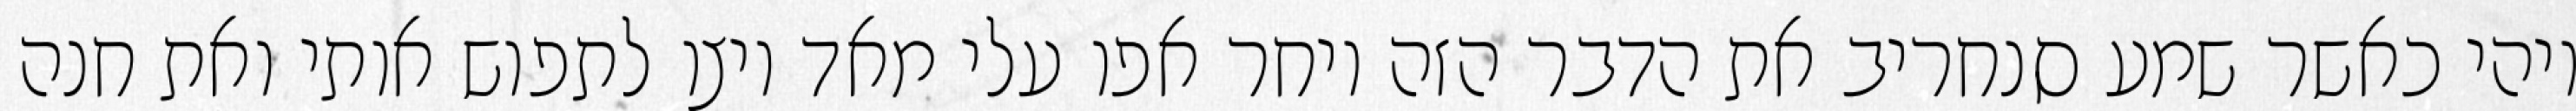
ויהי כאשר שמע סנחריב את הדבר הזה ויחר אפו עלי מאד ויצו לתפוש אותי ואת חנה